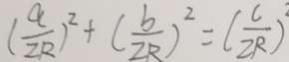
( \frac { a } { 2 R } ) ^ { 2 } + ( \frac { b } { 2 R } ) ^ { 2 } = ( \frac { c } { 2 R } )